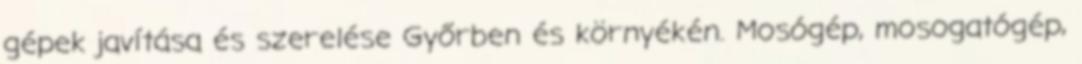
gépek javítása és szerelése Győrben és környékén. Mosógép, mosogatógép,